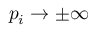
p _ { i } \to \pm \infty